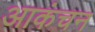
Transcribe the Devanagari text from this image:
आकंचन